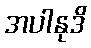
အပါနုဒိ